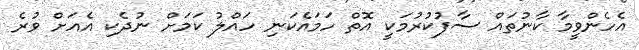
އެހެންވީމާ ކާނުތައް ސާފުކުރުމަކީ އޮތް ހަމައެކަނި ހައްލު ކަމަށް ނުދެކި އެއަށް ވުރެ